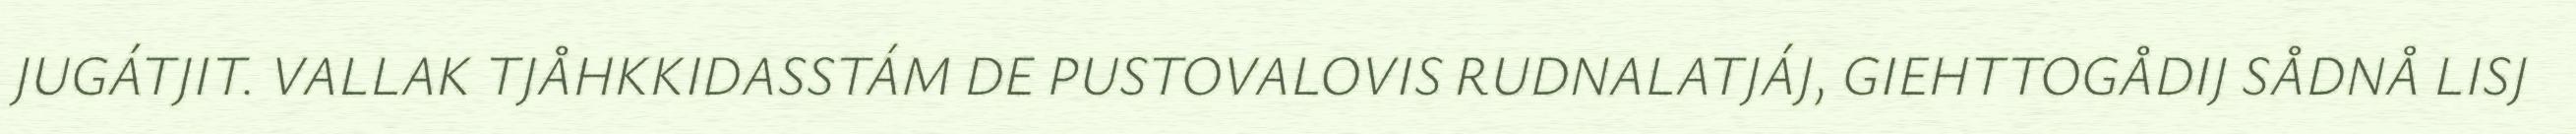
JUGÁTJIT. VALLAK TJÅHKKIDASSTÁM DE PUSTOVALOVIS RUDNALATJÁJ, GIEHTTOGÅDIJ SÅDNÅ LISJ